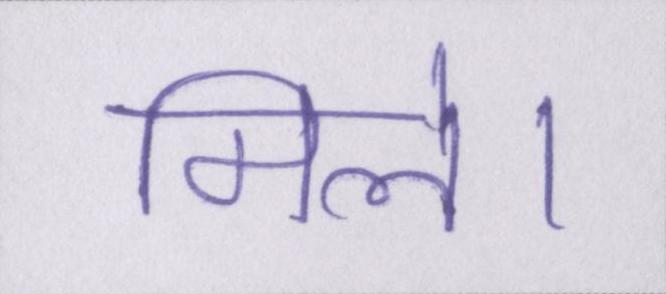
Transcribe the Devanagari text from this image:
मिले।